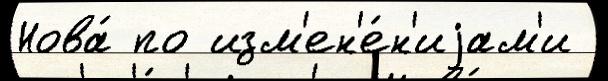
Нова́ по изм'ен'е́н'иjам'и